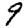
Digit: 9